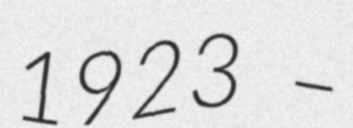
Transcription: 1923 –